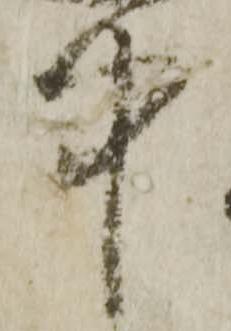
中